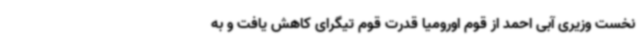
نخست وزیری آبی احمد از قوم اورومیا قدرت قوم تیگرای کاهش یافت و به